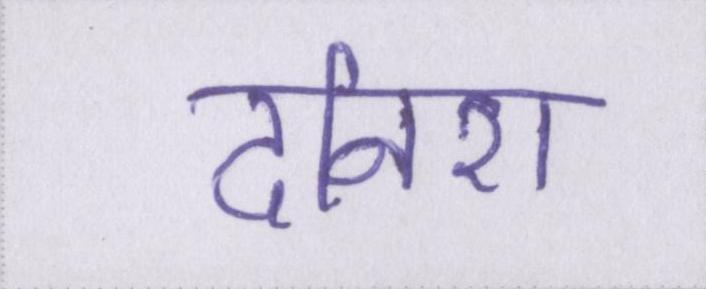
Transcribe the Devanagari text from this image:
दनिश